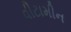
વીટામીન